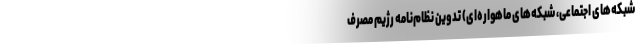
شبکه‌های اجتماعی، شبکه‌های ماهواره‌ای) تدوین نظام‌نامه رژیم مصرف